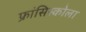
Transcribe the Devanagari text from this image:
फ्रांसिस्कोला